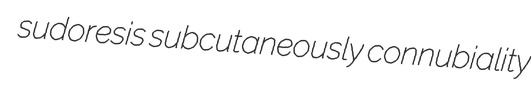
sudoresis subcutaneously connubiality